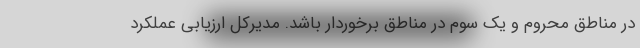
در مناطق محروم و یک سوم در مناطق برخوردار باشد. مدیرکل ارزیابی عملکرد